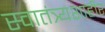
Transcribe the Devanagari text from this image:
स्वातंत्र्यशाहीर